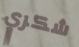
شكري